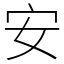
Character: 安